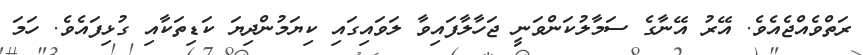
ރަތްވެއްޖެއެވެ. އޭރު އޭނާގެ ސަމާލުކަންވަނީ ޖަހާލާފައިވާ ލަވައިގައި ކިޔަމުންދިޔަ ކަޑިތަކާއި ގުޅިފައެވެ. ހަމަ